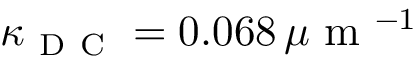
\kappa _ { \mathrm { ~ D ~ C ~ } } = 0 . 0 6 8 \, \mu \mathrm { ~ m ~ } ^ { - 1 }